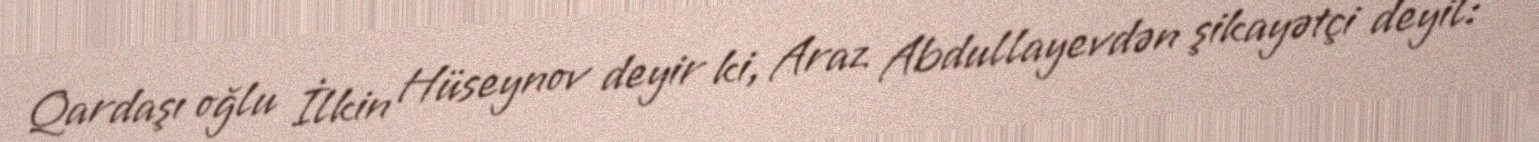
Qardaşı oğlu İlkin Hüseynov deyir ki, Araz Abdullayevdən şikayətçi deyil: